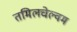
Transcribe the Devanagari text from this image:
तमिलचेल्वम